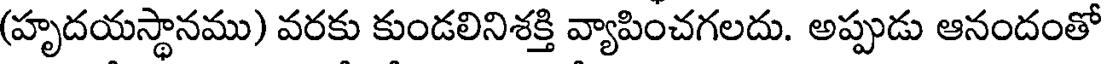
(హృదయస్థానము) వరకు కుండలినిశక్తి వ్యాపించగలదు. అప్పుడు ఆనందంతో